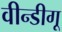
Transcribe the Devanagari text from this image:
वीन्डीगू